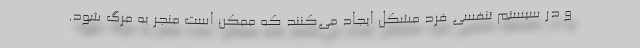
و در سیستم تنفسی فرد مشکل ایجاد می‌کنند که ممکن است منجر به مرگ شود.